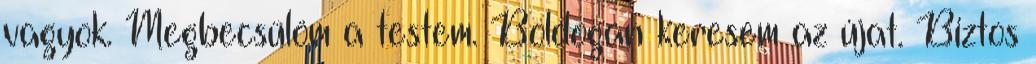
vagyok. Megbecsülöm a testem. Boldogan keresem az újat. Biztos